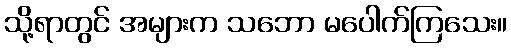
သို့ရာတွင် အများက သဘော မပေါက်ကြသေး။